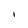
Character: I